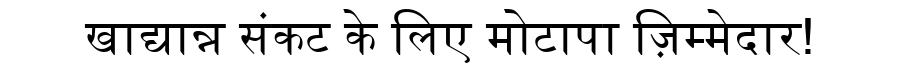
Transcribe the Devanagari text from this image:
खाद्यान्न संकट के लिए मोटापा ज़िम्मेदार!